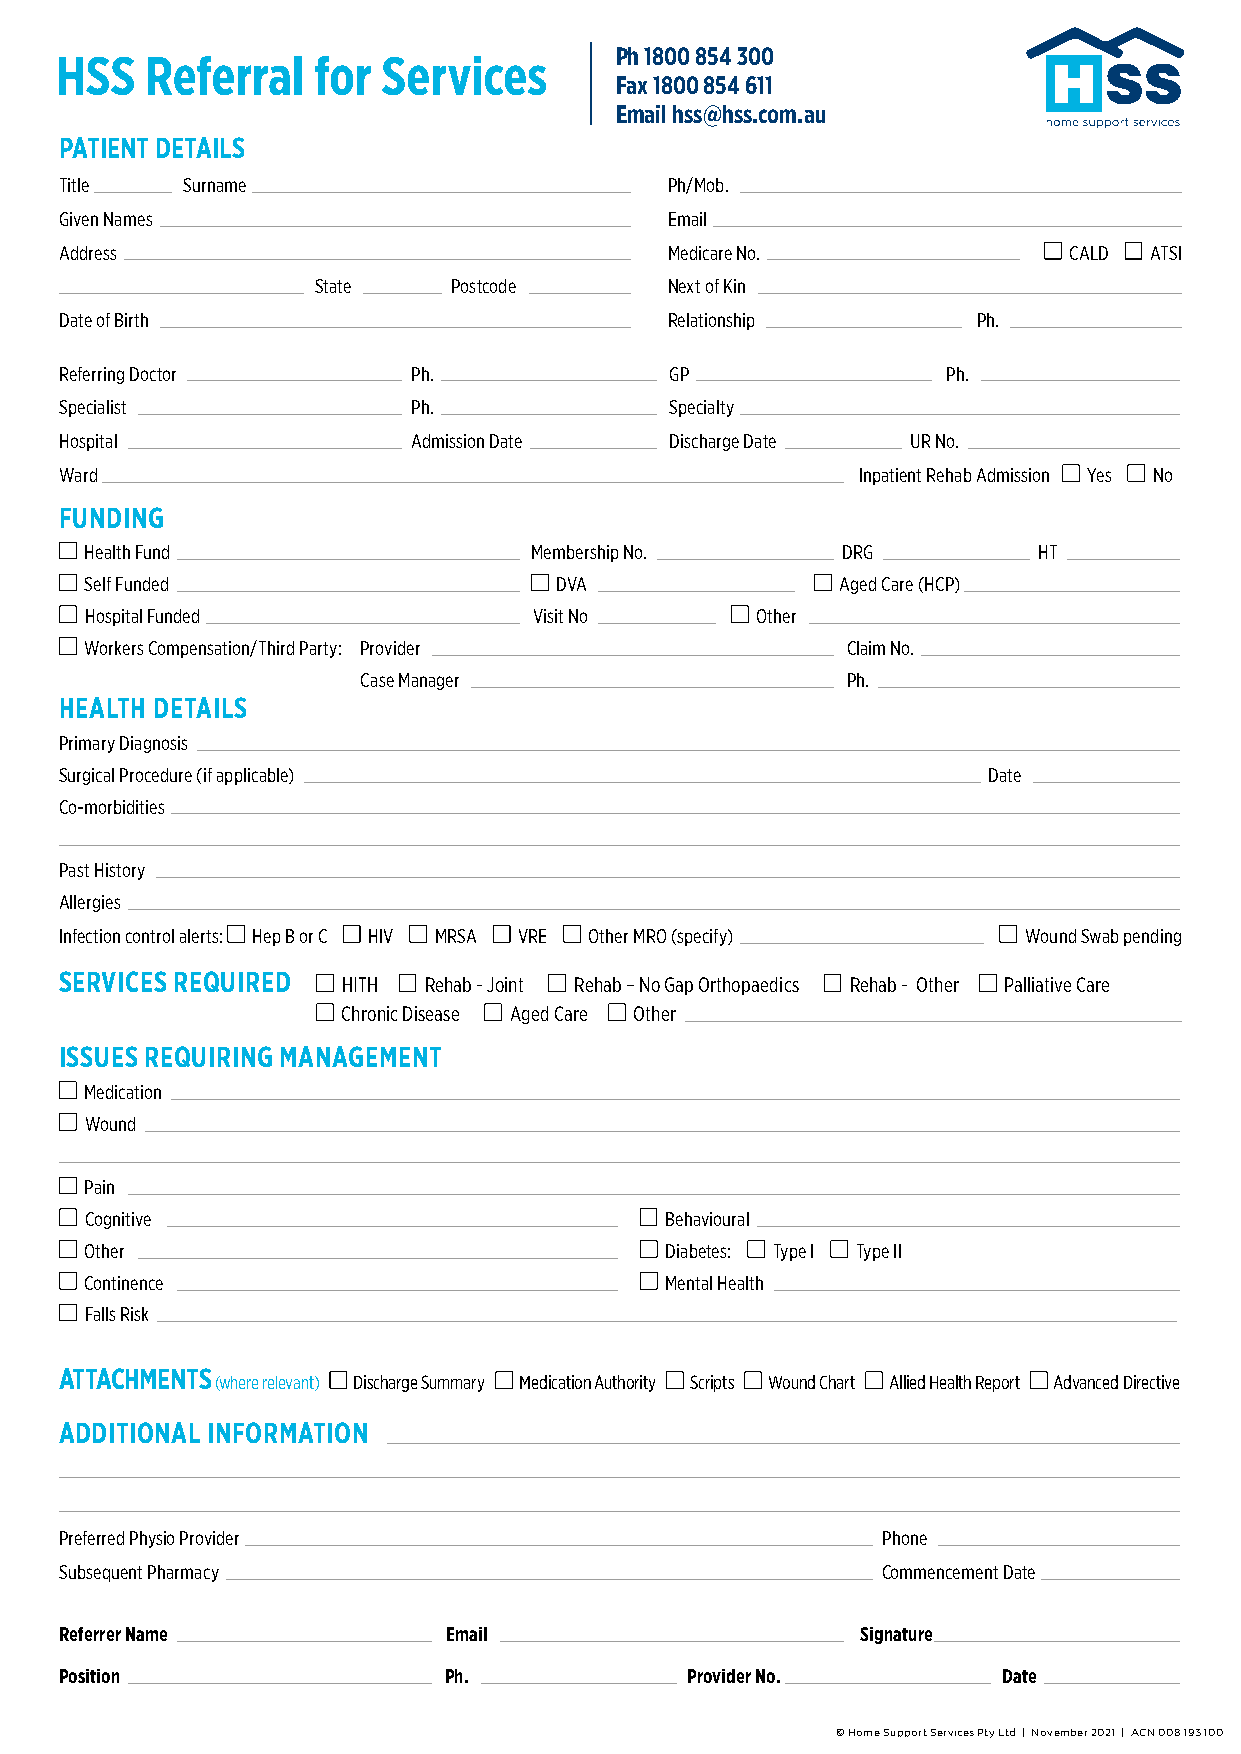
Ph 1800 854 300
 HSS   Referral   for Services
 Fax 1800 854 611
 Email hss@hss.com.au
 PATIENT DETAILS
 Title _________ Surname _________________________________________ Ph/Mob. _________________________________________________
 Given Names ___________________________________________________ Email ____________________________________________________
 Address _______________________________________________________ Medicare No. ____________________________ CALD ATSI
 _________________________ State ________ Postcode ___________ Next of Kin _______________________________________________
 Date of Birth ___________________________________________________ Relationship ____________________ Ph. ___________________
 Referring Doctor ______________________ Ph. ______________________ GP ________________________ Ph. _______________________
 Specialist ___________________________ Ph. ______________________ Specialty ___________________________________________________
 Hospital ____________________________ Admission Date _____________ Discharge Date ____________ UR No. _________________________
 Ward ______________________________________________________________________________________ Inpatient Rehab Admission Yes No
 FUNDING
 Health Fund ___________________________________ Membership No. __________________ DRG _______________ HT _____________
 Self Funded ___________________________________ DVA ____________________ Aged Care (HCP) _________________________
 Hospital Funded ________________________________ Visit No ____________ Other ___________________________________________
 Workers Compensation/Third Party: Provider _________________________________________ Claim No. ______________________________
 Case Manager _____________________________________ Ph. ___________________________________
 HEALTH DETAILS
 Primary Diagnosis __________________________________________________________________________________________________________________
 Surgical Procedure (if applicable) _____________________________________________________________________ Date _________________
 Co-morbidities _____________________________________________________________________________________________________________________
 __________________________________________________________________________________________________________________________________
 Past History ____________________________________________________________________________________________________________________
 Allergies __________________________________________________________________________________________________________________________
 Infection control alerts: Hep B or C HIV MRSA VRE Other MRO (specify) _______________________________ Wound Swab pending
 SERVICES REQUIRED  HITH Rehab - Joint Rehab – No Gap Orthopaedics Rehab - Other Palliative Care
 Chronic Disease Aged Care Other ____________________________________________________________
 ISSUES REQUIRING MANAGEMENT
 Medication _____________________________________________________________________________________________________________________
 Wound ________________________________________________________________________________________________________________________
 __________________________________________________________________________________________________________________________________
 Pain __________________________________________________________________________________________________________________________
 Cognitive ______________________________________________ Behavioural _________________________________________________
 Other _________________________________________________ Diabetes: Type I Type II
 Continence _____________________________________________ Mental Health _______________________________________________
 Falls Risk ________________________________________________________________________________________________________
 ATTACHMENTS
 (where relevant) Discharge Summary Medication Authority Scripts Wound Chart Allied Health Report Advanced Directive
 ADDITIONAL INFORMATION _____________________________________________________________________________________________________
 _____________________________________________________________________________________________________________________________________
 _____________________________________________________________________________________________________________________________________
 Preferred Physio Provider ________________________________________________________________ Phone ____________________________
 Subsequent Pharmacy __________________________________________________________________ Commencement Date ________________
 Referrer Name __________________________ Email ___________________________________ Signature _____________________________
 Position _______________________________ Ph. ____________________ Provider No. _____________________ Date ________________
 © Home Support Services Pty Ltd | November 2021 | ACN 008 193 100